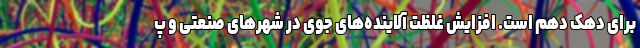
برای دهک دهم است. افزایش غلظت آلاینده‌های جوی در شهرهای صنعتی و پ